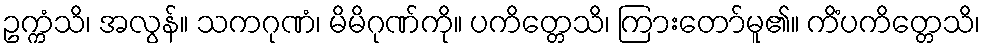
ဥက္ကံသိ၊ အလွန်။ သကဂုဏံ၊ မိမိဂုဏ်ကို။ ပကိတ္တေသိ၊ ကြားတော်မူ၏။ ကိံပကိတ္တေသိ၊